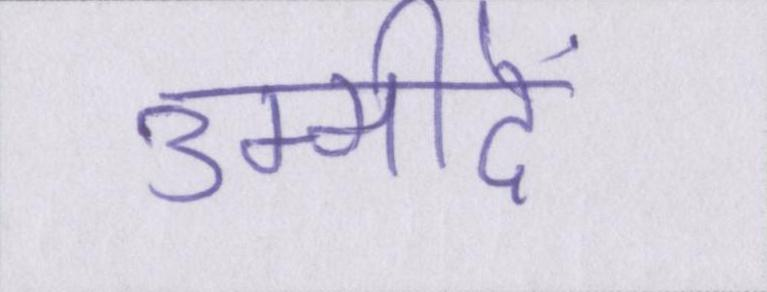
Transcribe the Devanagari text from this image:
उम्मीदें